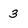
Character: 3